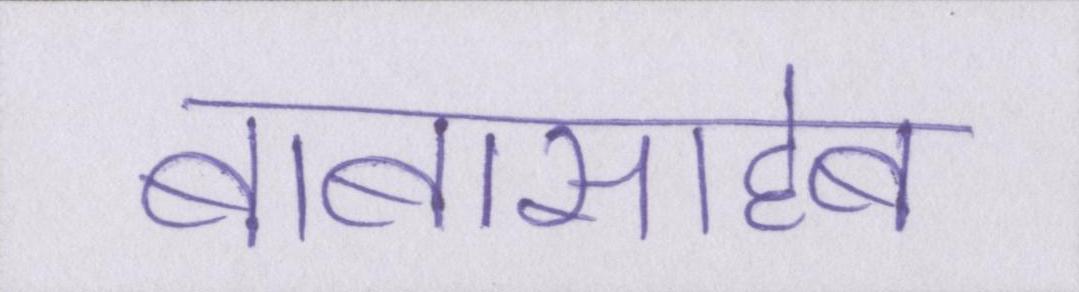
बाबासाहेब